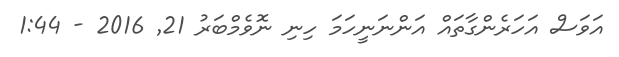
އަވަސް އަހަރެންގާތައް އަންނަނީހަމަ ހިނި ނޮވެމްބަރު 21